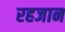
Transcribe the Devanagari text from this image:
रहजान